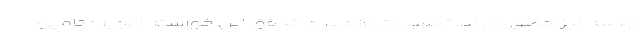
جلسه نیز حضور دارند، تمهیدات لازم برای تحقق این خواسته زنجیره تامین